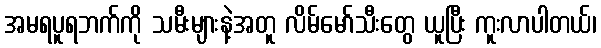
အမရပူရဘက်ကို သမီးများနဲ့အတူ လိမ်မော်သီးတွေ ယူပြီး ကူးလာပါတယ်၊